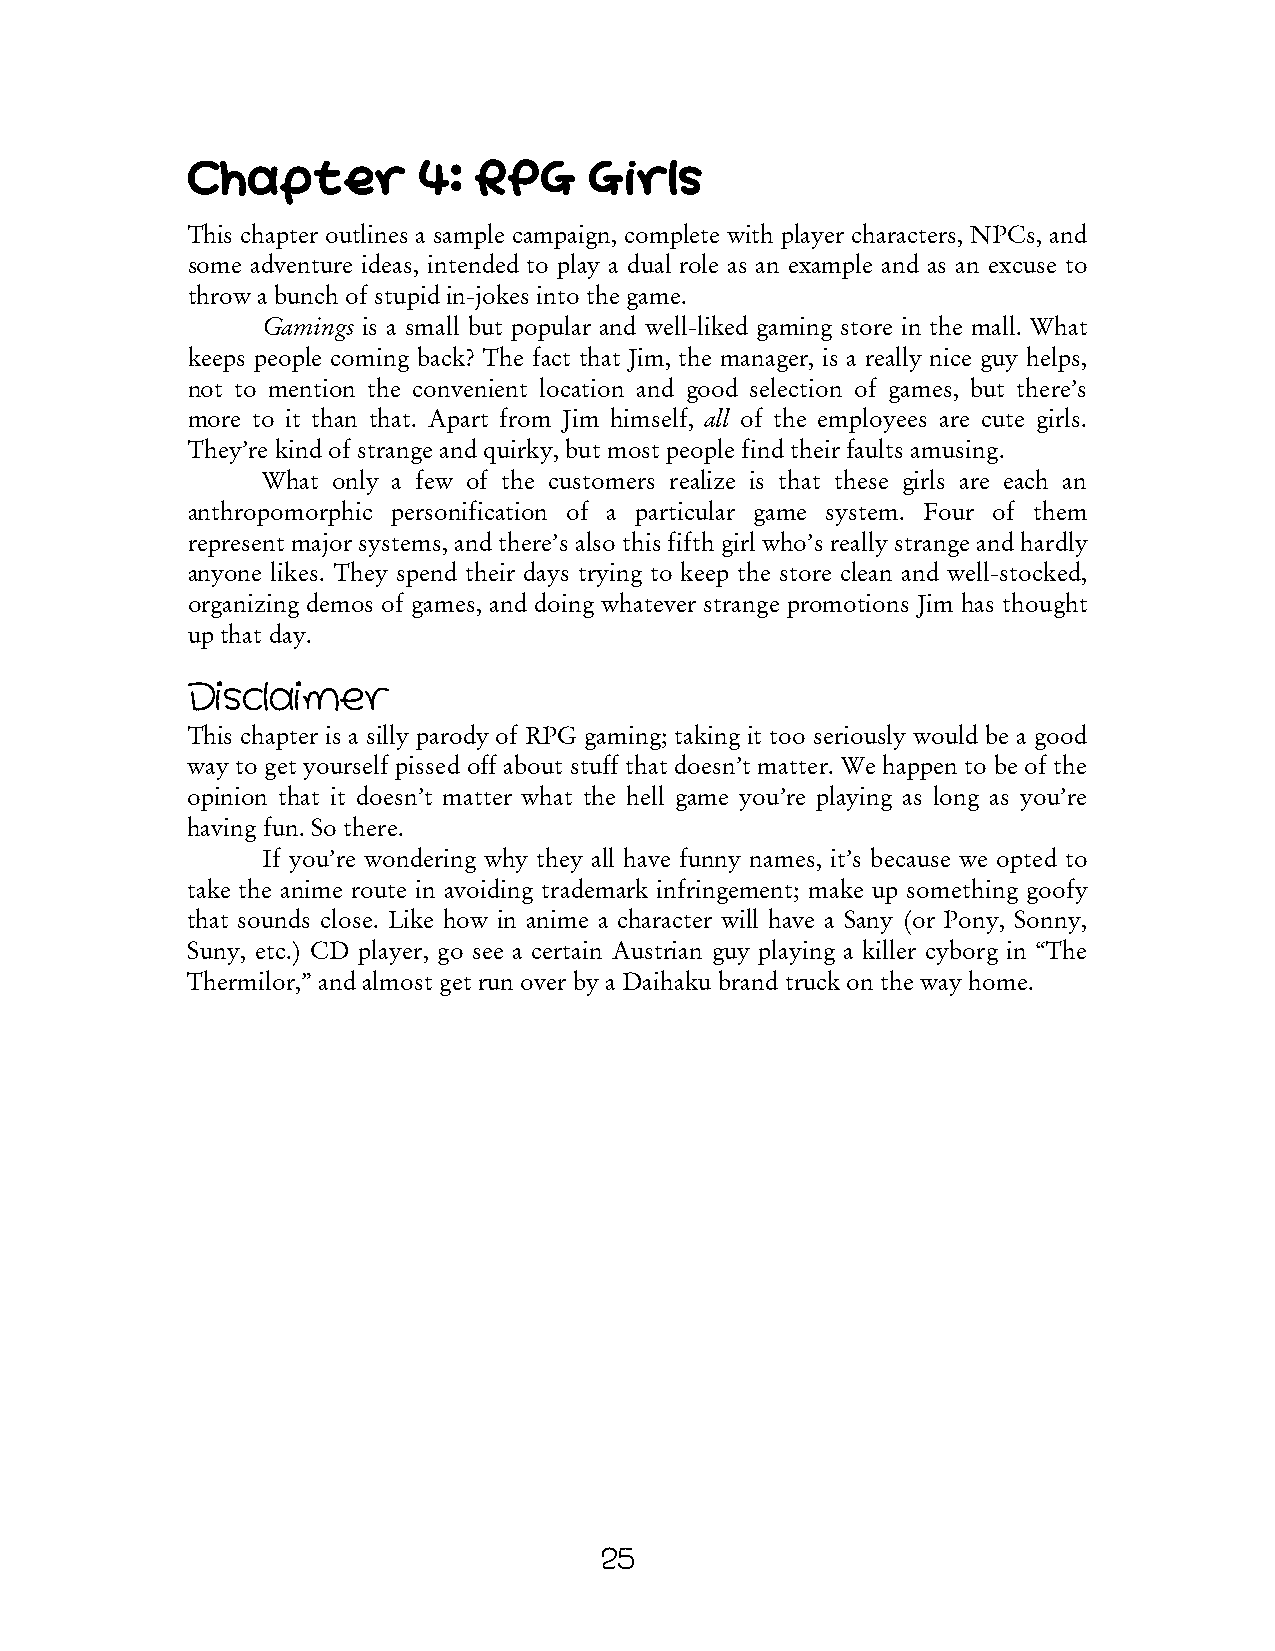
Chapter         4: RPG     Girls
 This chapter outlines a sample campaign, complete with player characters, NPCs, and
 some adventure ideas, intended to play a dual role as an example and as an excuse to
 throw a bunch of stupid in-jokes into the game.
 Gamings is a small but popular and well-liked gaming store in the mall. What
 keeps people coming back? The fact that Jim, the manager, is a really nice guy helps,
 not to mention the convenient location and good selection of games, but there’s
 more to it than that. Apart from Jim himself, all of the employees are cute girls.
 They’re kind of strange and quirky, but most people find their faults amusing.
 What only a few of the customers realize is that these girls are each an
 anthropomorphic personification of a particular game system. Four of them
 represent major systems, and there’s also this fifth girl who’s really strange and hardly
 anyone likes. They spend their days trying to keep the store clean and well-stocked,
 organizing demos of games, and doing whatever strange promotions Jim has thought
 up that day.
 Disclaimer
 This chapter is a silly parody of RPG gaming; taking it too seriously would be a good
 way to get yourself pissed off about stuff that doesn’t matter. We happen to be of the
 opinion that it doesn’t matter what the hell game you’re playing as long as you’re
 having fun. So there.
 If you’re wondering why they all have funny names, it’s because we opted to
 take the anime route in avoiding trademark infringement; make up something goofy
 that sounds close. Like how in anime a character will have a Sany (or Pony, Sonny,
 Suny, etc.) CD player, go see a certain Austrian guy playing a killer cyborg in “The
 Thermilor,” and almost get run over by a Daihaku brand truck on the way home.
 25